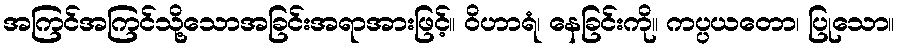
အကြင်အကြင်သို့သောအခြင်းအရာအားဖြင့်။ ဝိဟာရံ၊ နေခြင်းကို။ ကပ္ပယတော၊ ပြုသော။